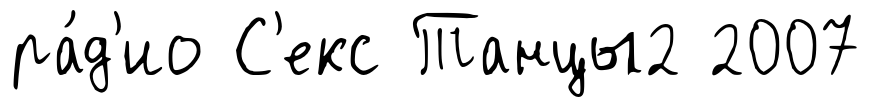
ра́д'ио С'екс Танцы2 2007